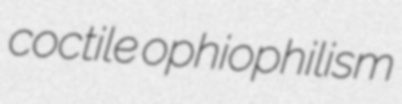
coctile ophiophilism